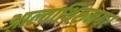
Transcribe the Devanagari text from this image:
आल्वार्थिरुनगर